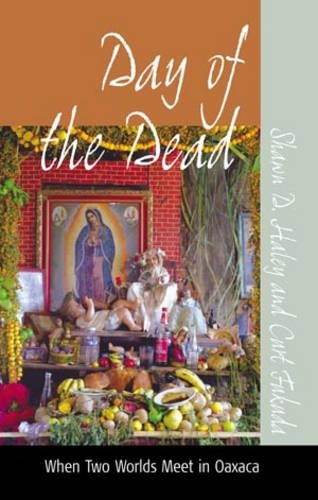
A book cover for Day of the Dead: When Two Worlds Meet in Oaxaca; Shawn D. Haley; Politics & Social Sciences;